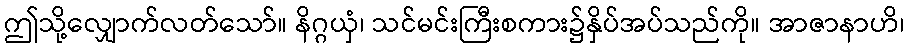
ဤသို့လျှောက်လတ်သော်။ နိဂ္ဂယှံ၊ သင်မင်းကြီးစကား၌နှိပ်အပ်သည်ကို။ အာဇာနာဟိ၊